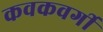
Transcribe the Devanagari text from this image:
कवकवर्गी